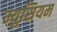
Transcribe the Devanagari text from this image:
म्युसियम